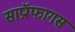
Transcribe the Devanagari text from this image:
साप्रॉफागस